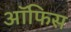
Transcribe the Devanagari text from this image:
अॉफिस